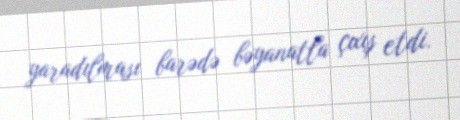
yaradılması barədə bəyanatla çıxış etdi.